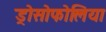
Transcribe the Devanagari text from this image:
ड्रोसोफोलिया